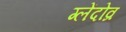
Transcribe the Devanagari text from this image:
ग्लेंदोव्र